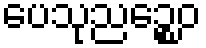
ပေသုညဉ္စေဝ